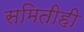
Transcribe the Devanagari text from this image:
समितीही